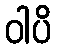
ဝါပိ